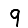
Digit: 9